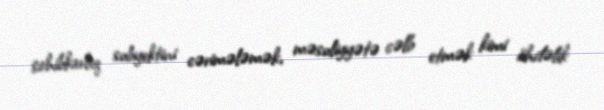
sahibkarlıq subyektini cərimələmək, məsuliyyətə cəlb etmək kimi öhdəlik